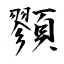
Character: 顟